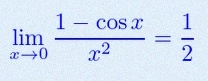
\lim_{x\to0}\frac{1-\cos x}{x^2}=\frac12